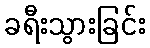
ခရီးသွားခြင်း